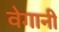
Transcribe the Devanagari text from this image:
वेगानी